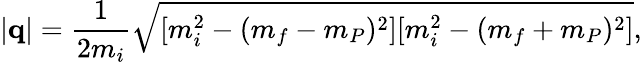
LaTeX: \vert{\mathbf q}\vert=\frac{1}{2m_{i}}{\sqrt{[m_{i}^{2}-(m_{f}-m_{P})^{2}][m_{i}^{2}-(m_{f}+m_{P})^{2}]}},